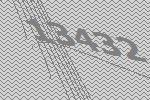
13432